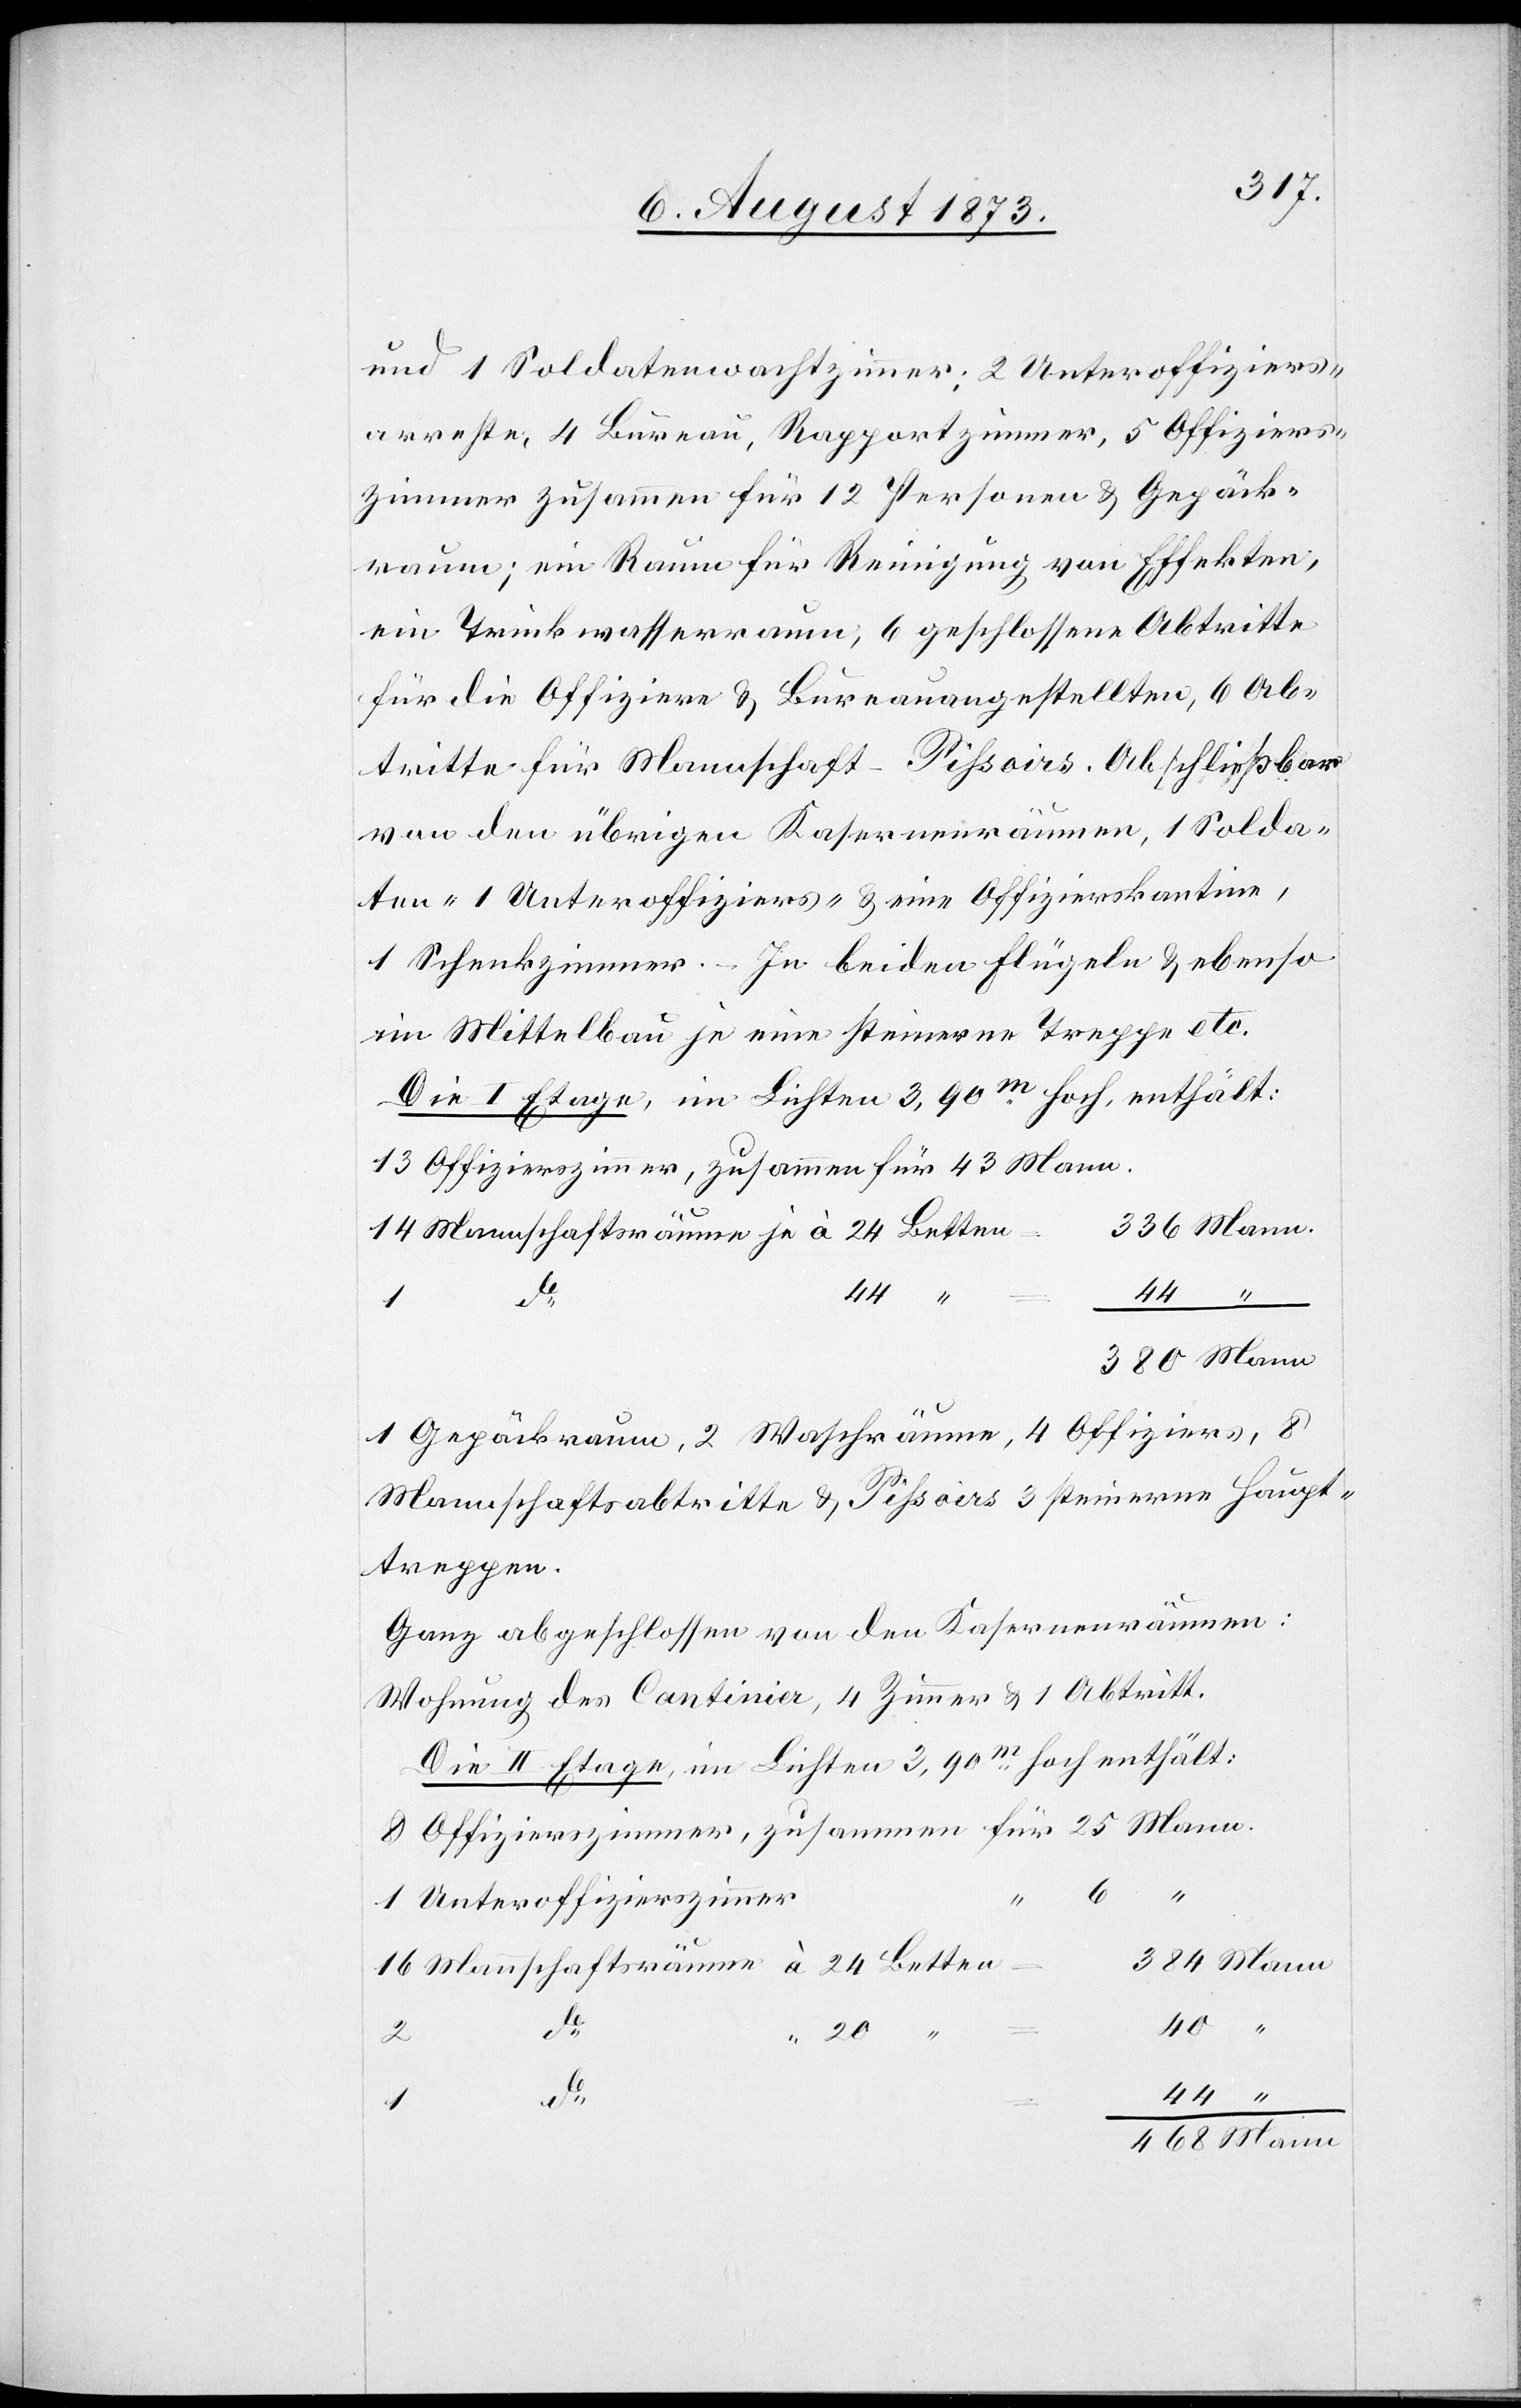
und 1 Soldatenwachtzimmer; 2 Unteroffiziers¬
arreste, 4 Bureau, Rapportzimmer, 5 Offiziers¬
zimmer zusammen für 12 Personen & Gepäck¬
raum; ein Raum für Reinigung von Effekten,
ein Trinkwasserraum; 6 geschlossene Abtritte
für die Offiziere & Bureauangestellten, 6 Ab¬
tritte für Mannschaft – Pissoirs. Abschließbar
von den übrigen Kasernenräumen, 1 Solda¬
ten- 1 Unteroffiziers- & eine Offizierskantine,
1 Schenkzimmer. – In beiden Flügeln & ebenso
im Mittelbau je eine steinerne Treppe etc.
Die I Etage, im Lichten 3,90m hoch, enthält:
12 Offizierszimmer, zusammen für 43 Mann.
14 Mannschaftsräume je à 24 Betten
44
44
“
1
1 Gepäckraum, 2 Waschräume, 4 Offiziers, 8
Mannschaftsabtritte & Pissoirs[,] 3 steinerne Haupt¬
treppen.
Ganz abgeschlossen von den Kasernenräumen:
Wohnung des Cantinier, 4 Zimmer & 1 Abtritt.
Die II Etage, im Lichten 3,90m hoch enthält:
8 Offizierszimmer, zusammen für 25 Mann.
1 Unteroffizierszimmer
24
do
20
“
468